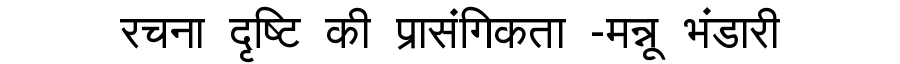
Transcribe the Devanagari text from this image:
रचना दृष्टि की प्रासंगिकता -मन्नू भंडारी